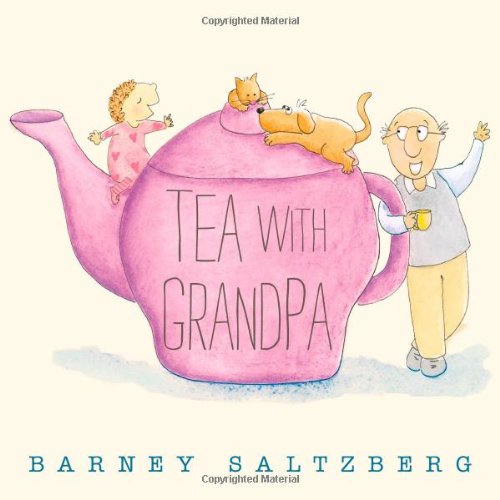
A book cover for Tea with Grandpa; Barney Saltzberg; Children's Books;